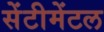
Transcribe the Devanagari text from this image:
सेंटीमेंटल